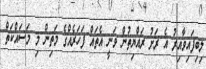
ލިބިފައިވާއިރު އެ ރަށު ރައްޔިތުން ވަނީ އެތައް ފަހަރެއްގެ މަތިން މި މަސައްކަތް